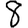
Digit: 8